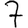
Digit: 7